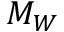
M _ { W }